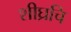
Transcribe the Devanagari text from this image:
शीघ्रचि